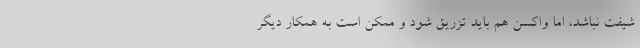
شیفت نباشد، اما واکسن هم باید تزریق‌ شود و ممکن است به همکار دیگر